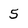
Character: 5